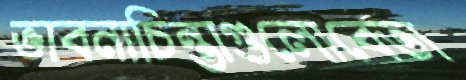
ভাবনাচিন্তাগুলোবেতা